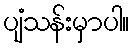
ပျံသန်းမှာပါ။